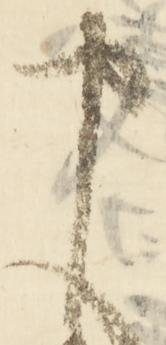
申